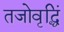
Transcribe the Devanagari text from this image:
तजोवृद्धिं